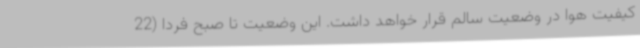
کیفیت هوا در وضعیت سالم قرار خواهد داشت. این وضعیت تا صبح فردا (22